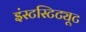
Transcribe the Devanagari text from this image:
इंस्टस्टिट्यूट